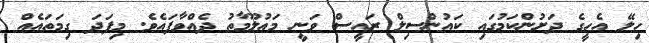
ހިލޭ އެހީގެ ދަށުންކަމުގައި ކައުންސިލް ރައީސް ވަނީ މަޢުލޫމާތު ދެއްވާފައެވެ. މިފަދަ ގިމަތައެއް